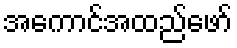
အကောင်အထည်ဖော်